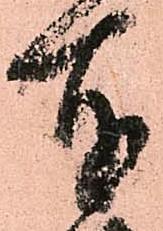
奉